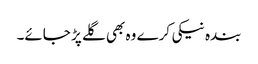
بندہ نیکی کرے وہ بھی گلے پڑ جائے۔